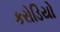
કરોડિયો